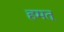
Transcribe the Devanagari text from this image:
हमत्